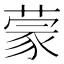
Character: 蒙